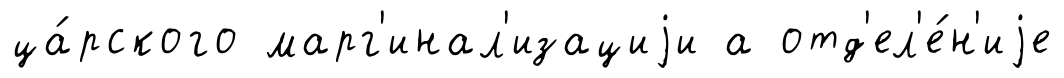
ца́рского марг'инал'изациjи а отд'ел'е́н'иjе